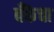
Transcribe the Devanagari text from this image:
बँकॆचा